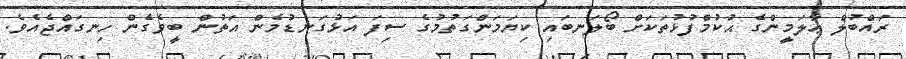
ރައްބުލް ޢާލަމީންގެ ޙުކުމްފުޅުތަކަށް ބޯލަނބައި ކިޔަމަންގަތުމުގެ ސިފަ އަޅުގަނޑުމެން އަތުން ބީވެގެން ހިނގައްޖެއެވެ.